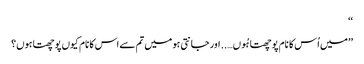
‘‘
’’میں اُس کا نام پوچھتا ہُوں….. اور جانتی ہو میں تم سے اس کا نام کیوں پوچھتا ہوں؟